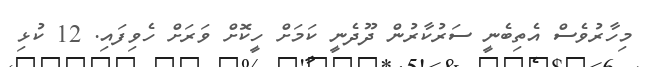
މިހާރުވެސް އެތިބެނީ ސަރުކާރުން ދޫދެނީ ކަމަށް ހީކޮށް ވަރަށް ހެވިފައި. 12 ކުޅި